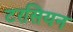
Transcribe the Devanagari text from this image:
टरसियन